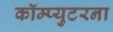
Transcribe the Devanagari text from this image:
कॉम्प्युटरना